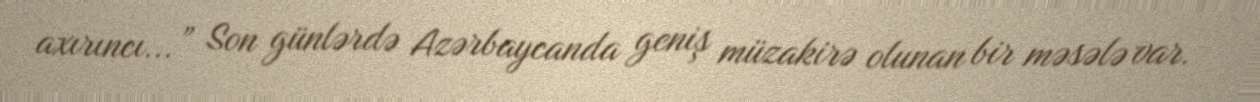
axırıncı...” Son günlərdə Azərbaycanda geniş müzakirə olunan bir məsələ var.